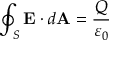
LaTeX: \oint _ { S } \mathbf { E } \cdot d \mathbf { A } = { \frac { Q } { \varepsilon _ { 0 } } }